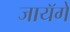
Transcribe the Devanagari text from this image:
जायॅगे